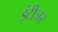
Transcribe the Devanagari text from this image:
इंटीजर